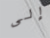
إلى